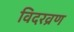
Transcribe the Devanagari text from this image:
विदरव्रण